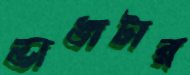
ভাঙাটার